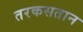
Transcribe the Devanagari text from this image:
तरकसतान